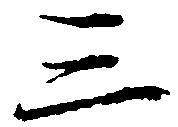
三